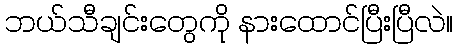
ဘယ်သီချင်းတွေကို နားထောင်ပြီးပြီလဲ။